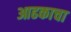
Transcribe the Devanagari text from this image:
आढकाचा